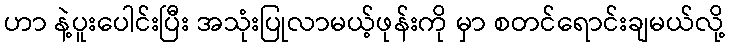
ဟာ နဲ့ပူးပေါင်းပြီး အသုံးပြုလာမယ့်ဖုန်းကို မှာ စတင်ရောင်းချမယ်လို့